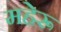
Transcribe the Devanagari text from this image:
महेरू